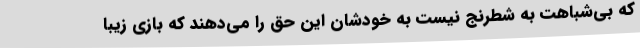
که بی‌شباهت به شطرنج نیست به خودشان این حق را می‌دهند که بازی زیبا